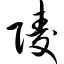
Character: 陵